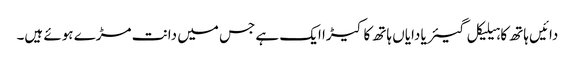
دائیں ہاتھ کا ہیلیکل گیئر یا دایاں ہاتھ کا کیڑا ایک ہے جس میں دانت مڑے ہوئے ہیں۔